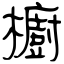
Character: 櫥